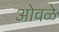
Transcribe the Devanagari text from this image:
ओवळे